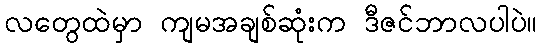
လတွေထဲမှာ ကျမအချစ်ဆုံးက ဒီဇင်ဘာလပါပဲ။